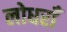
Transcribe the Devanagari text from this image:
लोधराँ